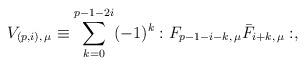
LaTeX: \begin{align*}V_{(p,i),\, \mu} \equiv \sum_{k=0}^{p-1-2i}(-1)^k :F_{p-1-i-k,\, \mu}\bar{F}_{{i+k},\, \mu}:,\end{align*}